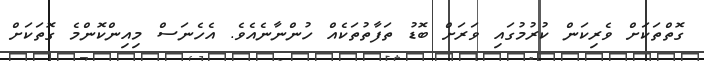
ގޮތްތަކަށް ވެރިކަން ކުރުމުގައި ވަރަށް ބޮޑު ތަފާތުތަކެއް ހުންނާނެއެވެ. އެހެނަސް މިއިންކޮންމެ ގޮތަކަށް